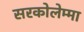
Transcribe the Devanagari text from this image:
सरकोलेम्मा